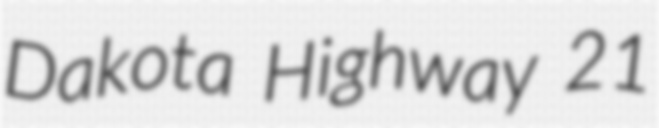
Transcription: Dakota Highway 21